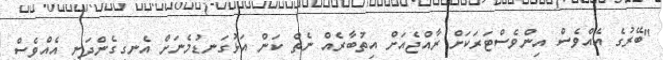
"ބޭރުގެ އެއްވެސް އިންވެސްޓަރަކަށް ރާއްޖެއަށް އިތުބާރެއް ނެތް ކަން އަޅުގަނޑުމެނަށް އެނގިގެންދަނީ އެއްވެސް